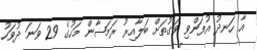
އާ ހަނދު އުފަންވި ވަގުތަށް ބަލާއިރު ރަމަޟާން މަހުގެ 29 ވަނަ ދުވަހު